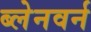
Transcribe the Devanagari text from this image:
ब्लेनवर्न